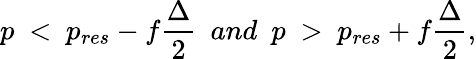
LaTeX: p\ <\ p_{res}-f{\frac{\Delta}{2}}\ \ and\ \ p\ >\ p_{res}+f{\frac{\Delta}{2}},